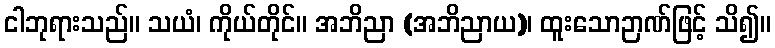
ငါဘုရားသည်။ သယံ၊ ကိုယ်တိုင်။ အဘိညာ (အဘိညာယ)၊ ထူးသောဉာဏ်ဖြင့် သိ၍။